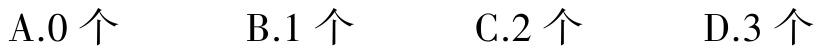
A.0 个 \quad B.1 个 \quad C.2 个 \quad D.3 个